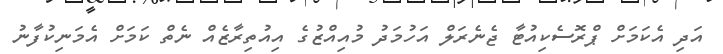
އަދި އެކަމަށް ޕްރޮސެކިއުޓާ ޖެނެރަލް އަހުމަދު މުއިއްޒުގެ އިއުތިރާޒެއް ނެތް ކަމަށް އެމަނިކުފާނު